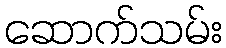
ဆောက်သမ်း